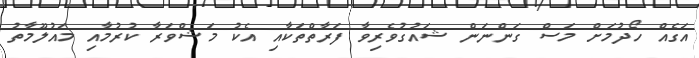
އަގެއް ހޯދުމަށް މަސް ގަންނަން ޝައުގުވެރިވާ ފަރާތްތަކާއި އެކު މަޝްވަރާ ކުރުމާއި މައުލޫމާތު